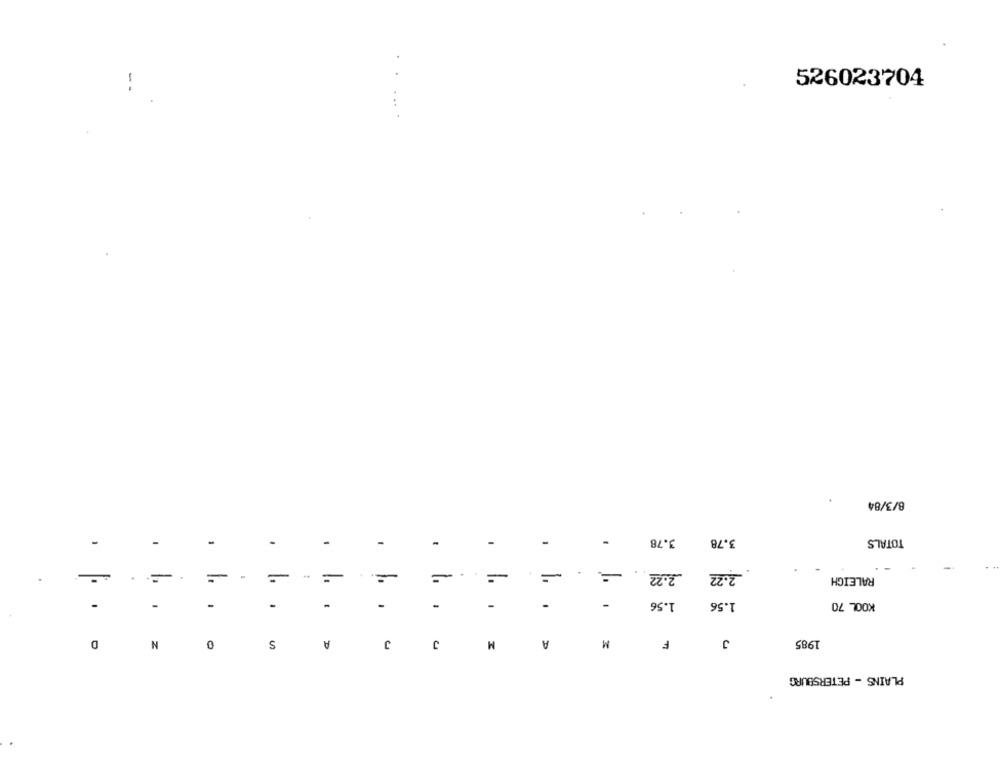
-
526023704
......
8/3/84
-
-
.
-
-
-
-
-
3.78
3.78
TOTALS
=
=
..
=
=
=
.
=
. .
2.22
2.22
RALEIGH
-
-
1.56
1.56
KOOL 70
.
...
M
D
N
0
S
A
J
J
M
A
F
1985
PLAINS - PETERSBURG